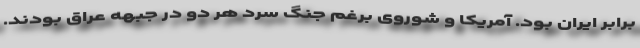
برابر ایران بود. آمریکا و شوروی برغم جنگ سرد هر دو در جبهه عراق بودند.